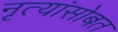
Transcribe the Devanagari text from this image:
नृत्यांसोबत